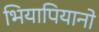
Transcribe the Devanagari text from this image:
भियापियानो